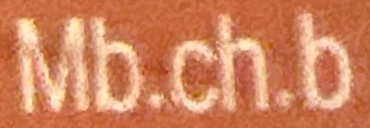
Mb.ch.b